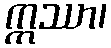
ဣဿာ၊